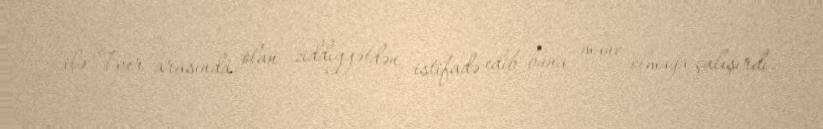
ilə Tver arasında olan ziddiyyətdən istifadə edib buna mane olmağa çalışırdı.